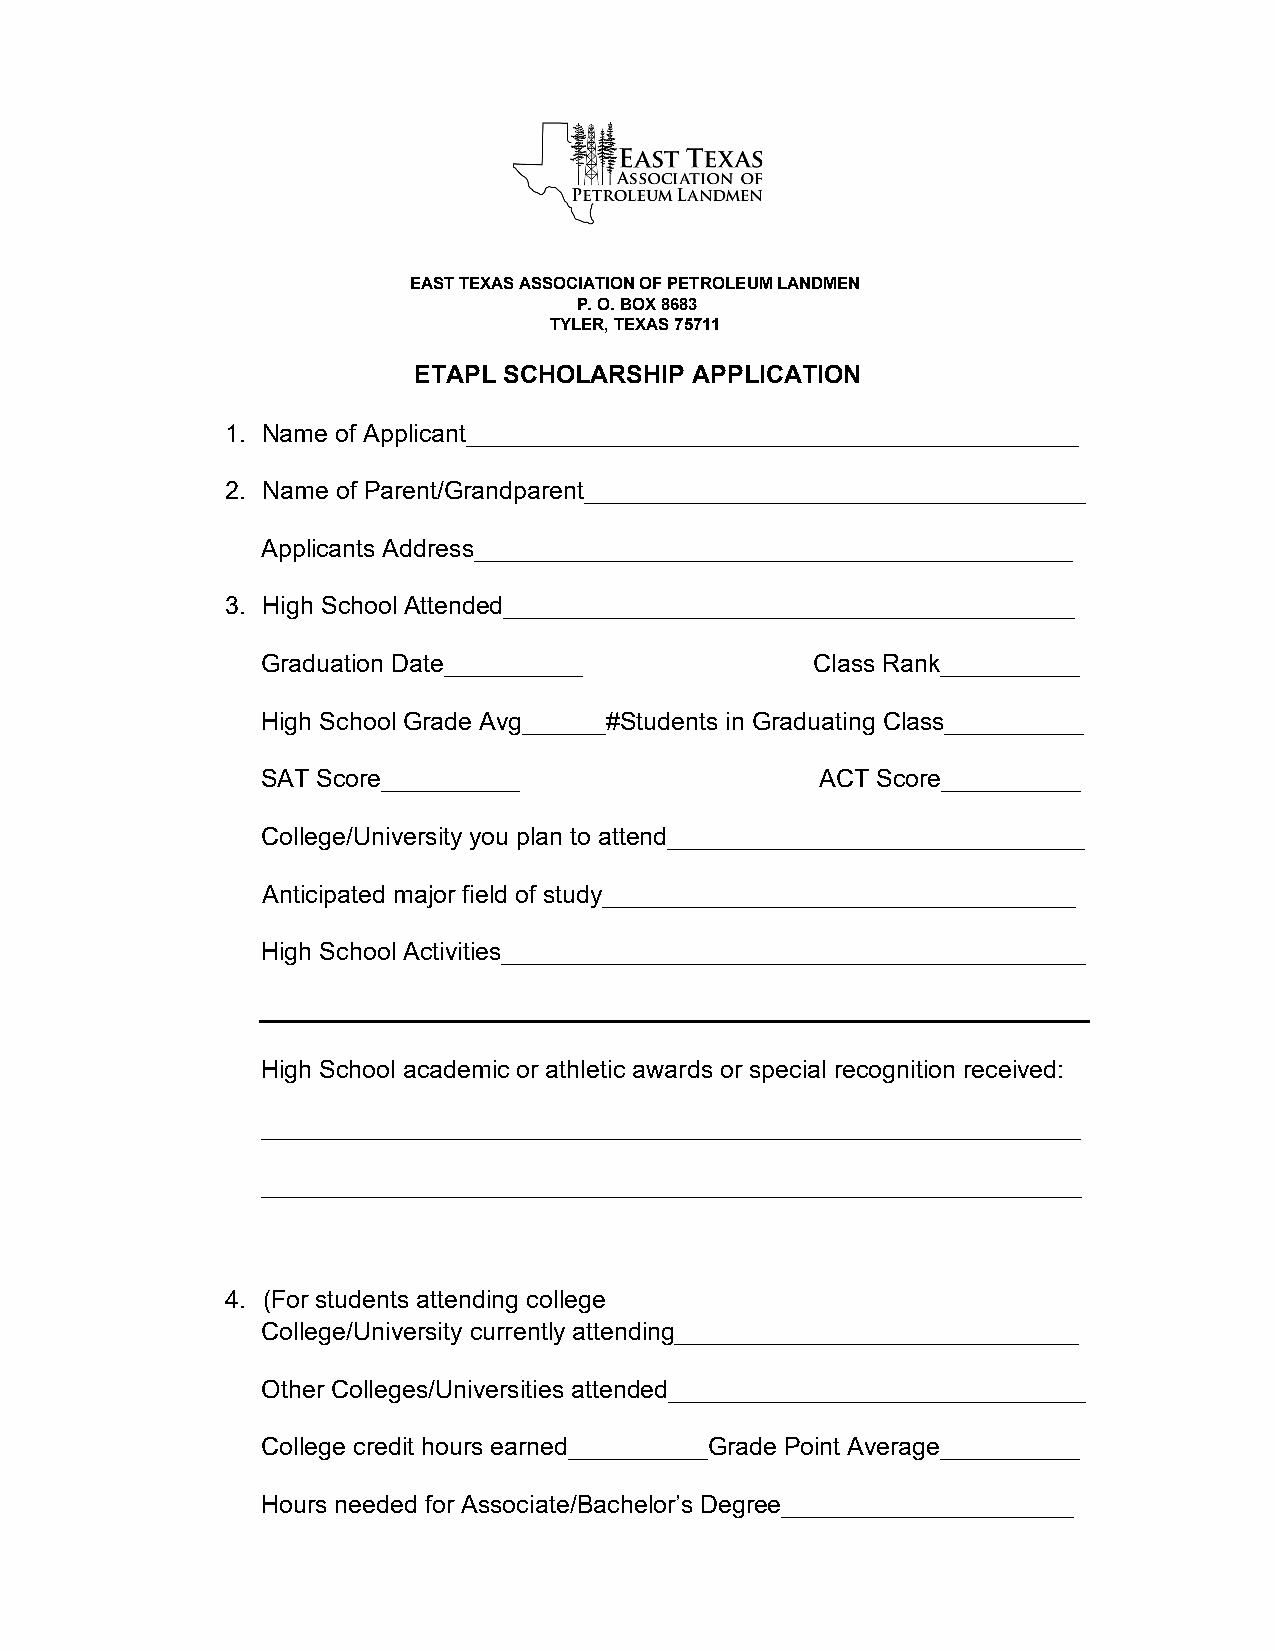
EAST TEXAS ASSOCIATION OF PETROLEUM LANDMEN
 P. O. BOX 8683
 TYLER, TEXAS 75711
 ETAPL SCHOLARSHIP  APPLICATION
 1. Name of Applicant____________________________________________
 2. Name of Parent/Grandparent____________________________________
 Applicants Address___________________________________________
 3. High School Attended_________________________________________
 Graduation Date__________            Class Rank__________
 High School Grade Avg______#Students in Graduating Class__________
 SAT Score__________                  ACT Score__________
 College/University you plan to attend______________________________
 Anticipated major field of study__________________________________
 High School Activities__________________________________________
 High School academic or athletic awards or special recognition received:
 ___________________________________________________________
 ___________________________________________________________
 4. (For students attending college
 College/University currently attending_____________________________
 Other Colleges/Universities attended______________________________
 College credit hours earned__________Grade Point Average__________
 Hours needed for Associate/Bachelor’s Degree_____________________